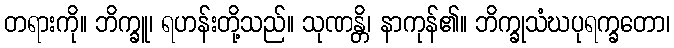
တရားကို။ ဘိက္ခူ၊ ရဟန်းတို့သည်။ သုဏန္တိ၊ နာကုန်၏။ ဘိက္ခုသံဃပုရက္ခတော၊